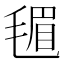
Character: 𪵟